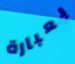
بعبارة